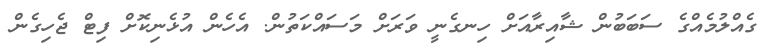
ގެއްލުމެއްގެ ސަބަބުން ޝާއިރާއަށް ހިނގެނީ ވަރަށް މަސައްކަތުން. އެހެން އުޅެނިކޮށް ފިޓް ޖެހިގެން